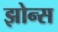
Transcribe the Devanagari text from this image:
झोन्स